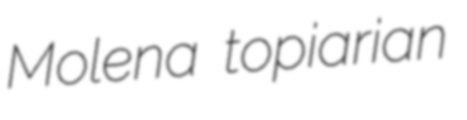
Molena topiarian